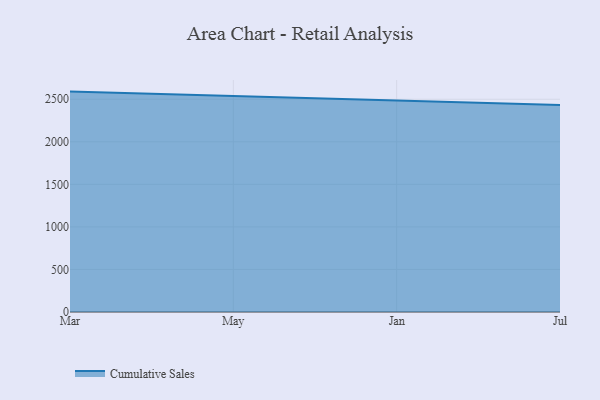
{"axis": {"x": "Month", "y": "Population (Million)"}, "legend": ["Cumulative Sales"], "data": [{"x": "Mar", "y": 2590.1, "type": "Cumulative Sales"}, {"x": "May", "y": 2537.2, "type": "Cumulative Sales"}, {"x": "Jan", "y": 2479.8, "type": "Cumulative Sales"}, {"x": "Jul", "y": 2431.6, "type": "Cumulative Sales"}]}